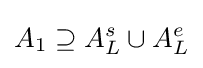
A_{1}\supseteq A_{L}^{s}\cup A_{L}^{e}